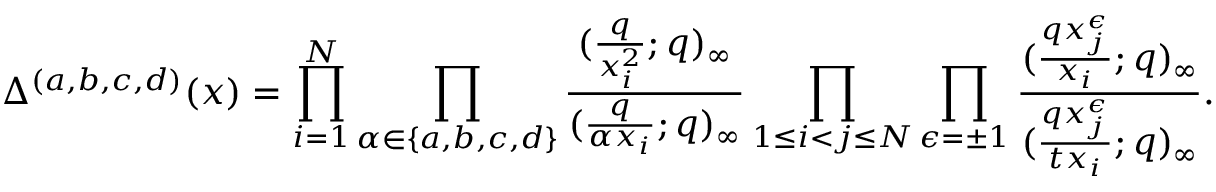
\Delta ^ { ( a , b , c , d ) } ( x ) = \prod _ { i = 1 } ^ { N } \prod _ { \alpha \in \{ a , b , c , d \} } \frac { ( \frac { q } { x _ { i } ^ { 2 } } ; q ) _ { \infty } } { ( \frac { q } { \alpha x _ { i } } ; q ) _ { \infty } } \prod _ { 1 \leq i < j \leq N } \prod _ { \epsilon = \pm 1 } \frac { ( \frac { q x _ { j } ^ { \epsilon } } { x _ { i } } ; q ) _ { \infty } } { ( \frac { q x _ { j } ^ { \epsilon } } { t x _ { i } } ; q ) _ { \infty } } .